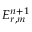
E _ { r , m } ^ { n + 1 }